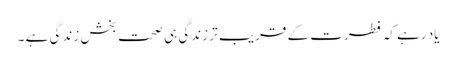
یاد رہے کہ فطرت کے قریب تر زندگی ہی صحت بخش زندگی ہے ۔